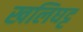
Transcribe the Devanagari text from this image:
खलिघट्ट